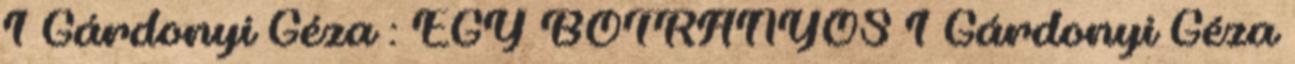
1 Gárdonyi Géza : EGY BOTRÁNYOS 1 Gárdonyi Géza